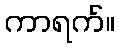
ကာရက်။